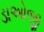
ડાઓજી